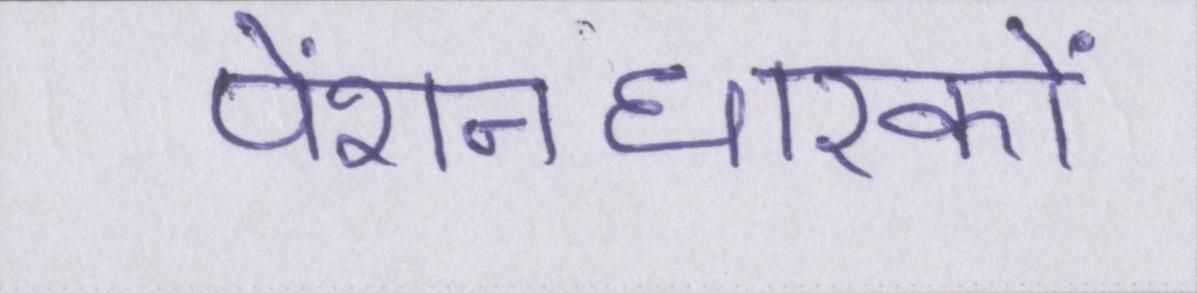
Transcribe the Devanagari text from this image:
पेंशनधारकों